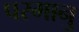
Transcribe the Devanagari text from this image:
परमानु